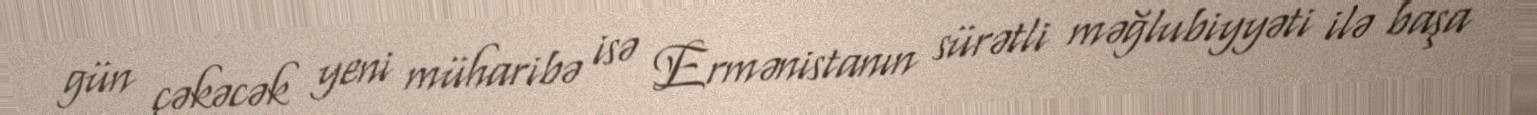
gün çəkəcək yeni müharibə isə Ermənistanın sürətli məğlubiyyəti ilə başa